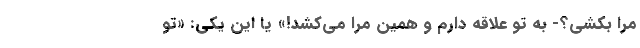
مرا بکُشی؟- به تو علاقه دارم و همین مرا می‌کُشد!» یا این یکی: «تو